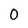
Character: 0